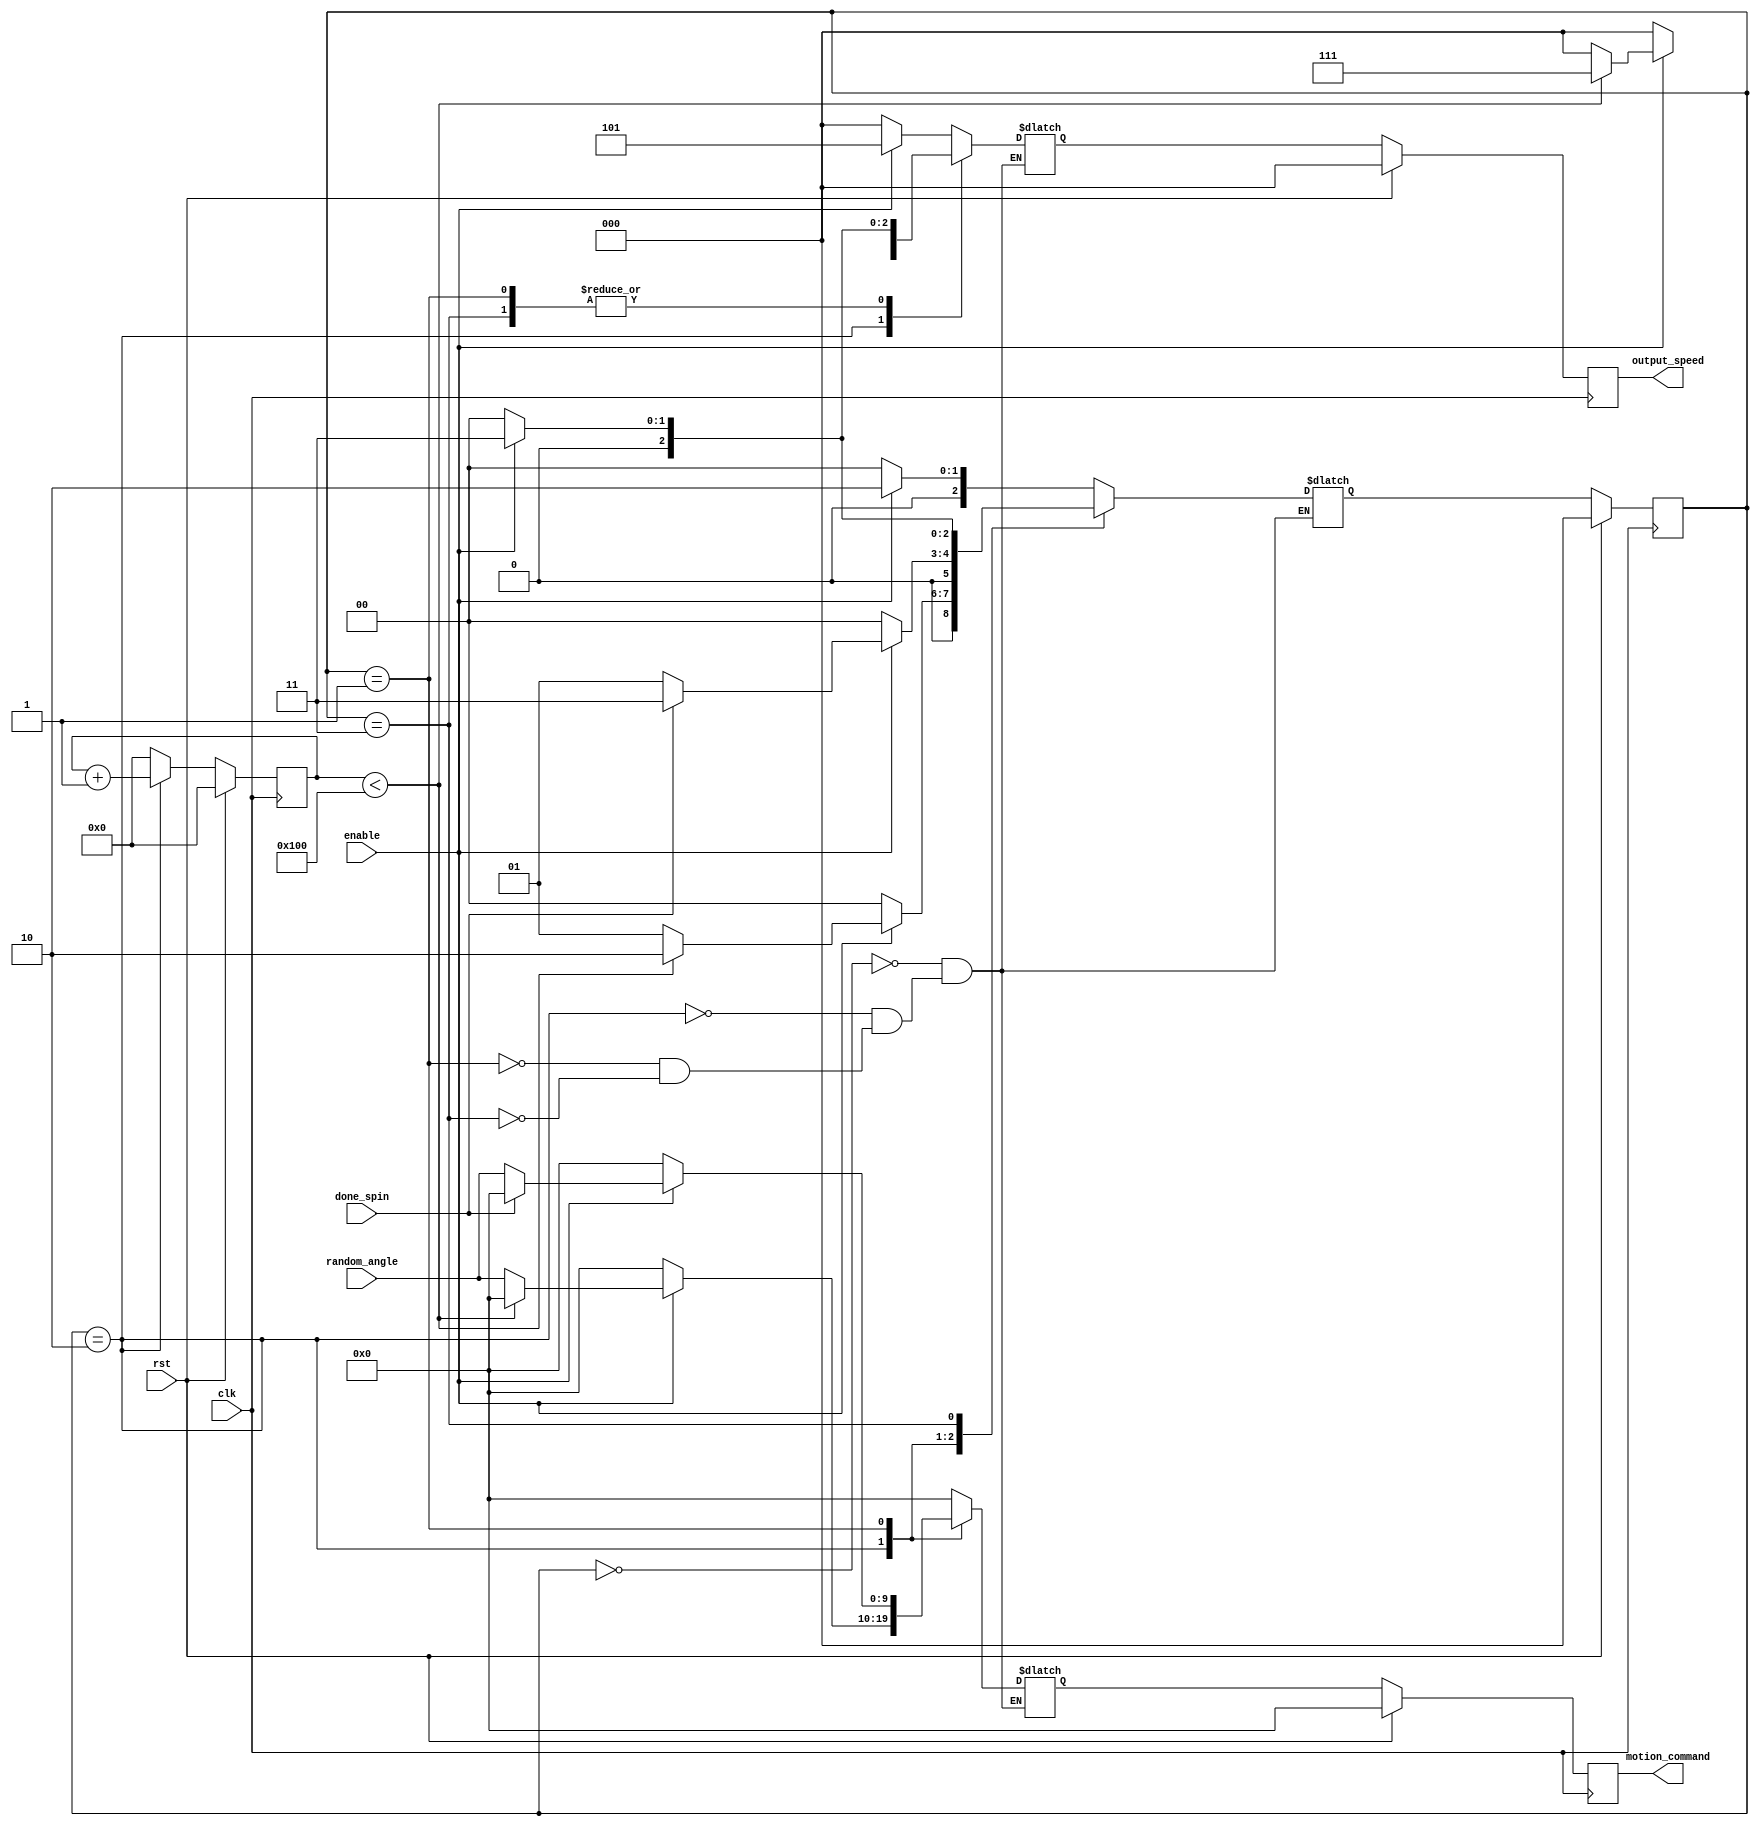
`timescale 1ns/10ps
module turn_around_move(clk,rst,output_speed,random_angle,motion_command,enable,done_spin);
	//
	//Inputs
	//
	input clk;
	input rst;
	input enable;
	input done_spin;
	input [9:0] random_angle;
	//
	//...
	//Outputs
	//
	output [2:0] output_speed;
	output [9:0] motion_command;
	reg [2:0] output_speed;
	reg [9:0] motion_command;
	reg [31:0] timer;
	//

	parameter STATE_Initial = 3'd0;
	parameter STATE_Rotate = 3'd1;
	parameter STATE_Reverse = 3'd2;
	parameter STATE_Straight = 3'd3;
	parameter STATE_counters = 3'd4;
	parameter ZERO_t =  16'b0000000000000000;
	parameter rev_t =      16'b0000000100000000;
	parameter straight_command = 10'b0000000000;
	parameter Reverse_speed = 3'b101;
	parameter Forward_speed = 3'b011;
	parameter Zero_speed = 3'b000;

	reg[2:0] CurrentState;
	reg[2:0] NextState;
	reg[2:0] NextSpeed;
	reg [9:0] NextCommand;


	always @ (posedge clk) begin
		if (rst) begin //global reset
			CurrentState <= STATE_Initial;
			motion_command <= straight_command;
			output_speed <= Zero_speed;
			timer <= 32'b0;
		end//if
		else begin
			CurrentState <= NextState;
			motion_command <= NextCommand;
			output_speed <= NextSpeed;
			if (CurrentState == STATE_Reverse) begin
				timer <= timer + 1'b1;
			end //if
			else begin //if not reversing reset timer
				timer <= 32'b0;
			end//else
		end//else
	end//always
			
	always @ (timer or rst or done_spin or enable) begin
		case (CurrentState)
				
			STATE_Initial: begin
				if (enable) begin
					NextState <= STATE_Reverse;
					NextCommand <= 	straight_command;
					NextSpeed <= Reverse_speed;
				end//if
				else begin
					NextState <= STATE_Initial;
					NextCommand <= 	straight_command;
					NextSpeed <= 3'b000;
				end//else
			end//state_inital
			
			STATE_Reverse: begin
				if (enable) begin
					if (timer < rev_t) begin //if not done backing up keep backing up
						NextState <= STATE_Reverse;
						NextCommand <= straight_command;
						NextSpeed <= 3'b111;
					end //if
					else begin //if done backing up start turning
						NextState <= STATE_Rotate;
						NextCommand <= random_angle;
						NextSpeed <= 3'b000;
					end//else
				end//if
				else begin //if not enable go back to STATE_Intial
					NextState <= STATE_Initial;
					NextCommand <= 	straight_command;
					NextSpeed <= 3'b000;
				end//else
			end//state_reverse
			
			STATE_Rotate: begin
				if (enable) begin
					if (done_spin) begin //if done spining, go straight
						NextState <= STATE_Straight;
						NextCommand <= straight_command;
						NextSpeed <= 3'b011;
					end //if
					else begin//keep rotating
						NextState <= STATE_Rotate;
						NextCommand <= random_angle;
						NextSpeed <= 3'b011;
					end//else
				end//if
				else begin //if not enable go back to STATE_Intial
					NextState <= STATE_Initial;
					NextCommand <= 	straight_command;
					NextSpeed <= 3'b000;
				end//else
			end //state_rotate	
	
			STATE_Straight: begin
				if (enable) begin //keep going straight. motion_decision_fsm controls when to switch to spiral
					NextState <= STATE_Straight;
					NextCommand <= straight_command;
					NextSpeed <= 3'b011;
				end//if
				else begin //if not enable go back to STATE_Intial
					NextState <= STATE_Initial;
					NextCommand <= 	straight_command;
					NextSpeed <= 3'b000;
				end//else
			end //state_striaght
		endcase
	end//always	
						
						
//
//
endmodule
//